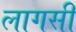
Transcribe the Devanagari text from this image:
लागसी